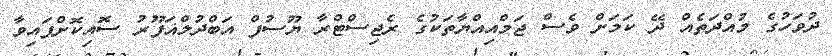
ދުވަހުގެ މުއްދަތެއް ދޭ ކަމަށް ވެސް ޖަމްއިއްޔާތަކުގެ ރެޖިސްޓްރާ ޔޫސުފް އަބްދުލްޣަފޫރު ސޮއިކޮށްފައިވާ